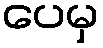
ပေမှ